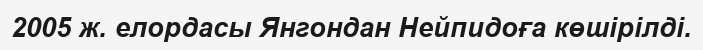
2005 ж. елордасы Янгондан Нейпидоға көшірілді.